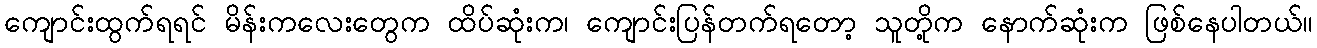
ကျောင်းထွက်ရရင် မိန်းကလေးတွေက ထိပ်ဆုံးက၊ ကျောင်းပြန်တက်ရတော့ သူတို့က နောက်ဆုံးက ဖြစ်နေပါတယ်။